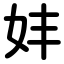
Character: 妦